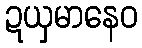
ဍယှမာနေဝ